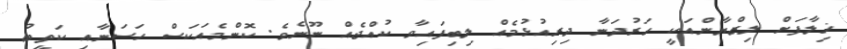
ޚިލާފަށް ލިޒްޔާންއަކީ ހަރުދަނާ ދިރިއުޅުމެއް ލިބިފައިވާ ކުއްޖެއް ނޫނެވެ. ކޮންމެއަކަސް ހަސަނާއި ކަތީބު